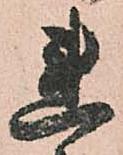
連